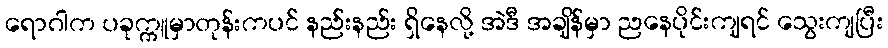
ရောဂါက ပခုက္ကူမှာတုန်းကပင် နည်းနည်း ရှိနေလို့ အဲဒီ အချိန်မှာ ညနေပိုင်းကျရင် သွေးကျပြီး